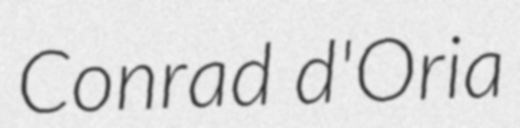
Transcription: Conrad d'Oria